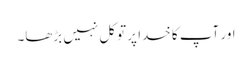
اور آپ کا خدا پر توکل نہیں بڑھا۔